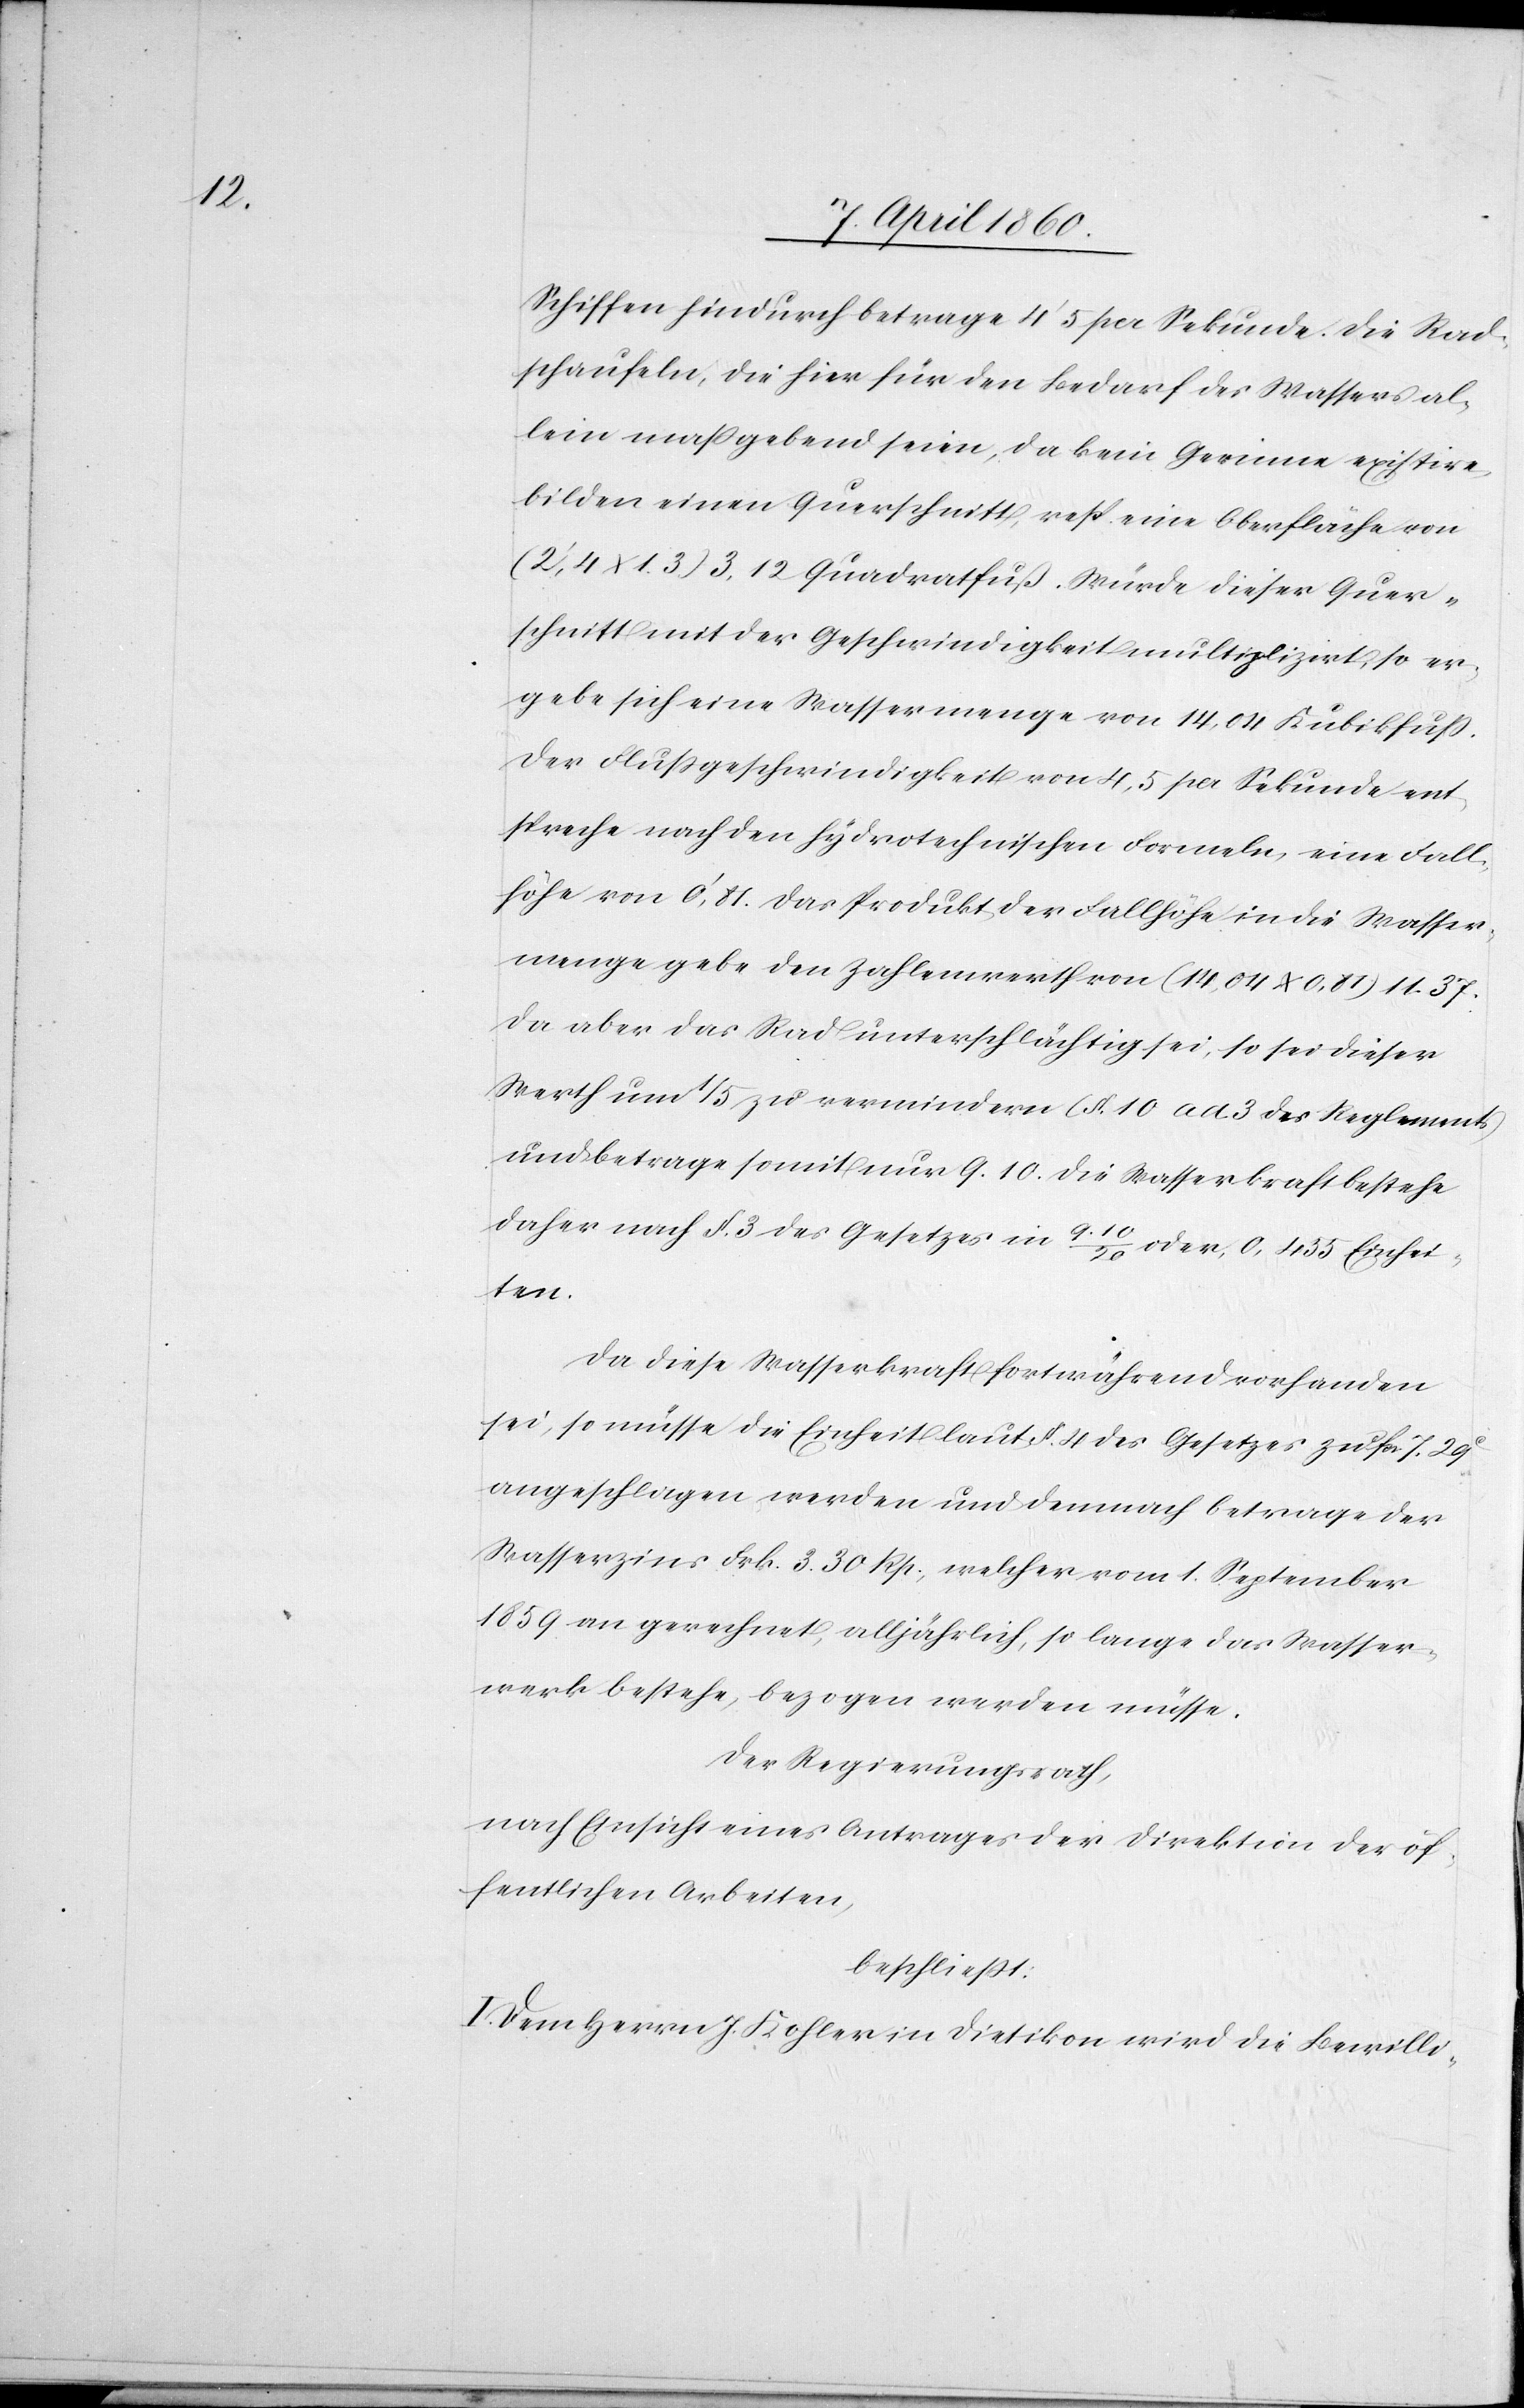
Schiffen hindurch betrage 4’5 per Sekunde. Die Rad¬
schaufeln, die hier für den Bedarf des Wassers al¬
lein massgebend seien, da kein Gerinne existire,
bilden einen Querschnitt, resp. eine Oberfläche von
(2’4 x 1,3) 3,12 Quadratfuß. Würde dieser Quer¬
schnitt mit der Geschwindigkeit multiplizirt, so er¬
gebe sich eine Wassermenge von 14,04 Kubikfuss.
Der Flussgeschwindigkeit von 4,5 per Sekunde ent¬
spreche nach den hydrotechnischen Formeln, eine Fall¬
höhe von 0’81. Das Produkt der Fallhöhe in die Wasser¬
menge gebe den Zahlenwerth von (14,04 x 0,81) 11,37.
Da aber das Rad unterschlächtig sei, so sei dieser
Werth um 1/5 zu vermindern (§. 10 ad 3 des Reglements)
und betrage somit nur 9,10. Die Wasserkraft bestehe
daher nach §. 3. des Gesetzes in 9,10/20 oder 0,455 Einhei¬
ten.
Da diese Wasserkraft fortwährend vorhanden
sei, so müsse die Einheit laut §. 4. des Gesetzes zu Frk. 7. 29C
angeschlagen werden und demnach betrage der
Wasserzins Frk. 3. 30 Rp., welcher vom 1. September
1859 an gerechnet, alljährlich, so lange das Wasser¬
werk bestehe, bezogen werden müsse.
Der Regierungsrath,
nach Einsicht eines Antrages der Direktion der öf¬
fentlichen Arbeiten,
beschliesst:
I. Dem Herrn J. Kohler in Dietikon wird die Bewilli-